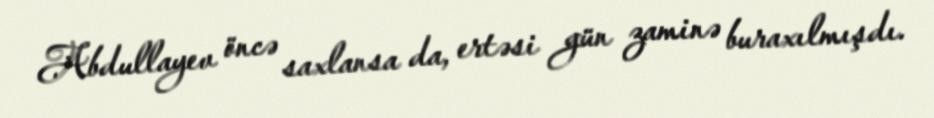
Abdullayev öncə saxlansa da, ertəsi gün zaminə buraxılmışdı.